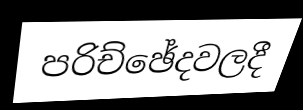
පරිච්ඡේදවලදී